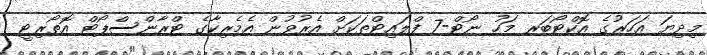
މިދިޔަ އަހަރުގެ އޮކްޓޯބަރ މަހު ނޯޓް-7 ފްލައިޓްތަކަށް އެރުވުން އެމެރިކާގެ ޓްރާންސްޕޯޓް އޮތޯރިޓީ